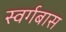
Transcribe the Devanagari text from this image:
स्वर्गबास